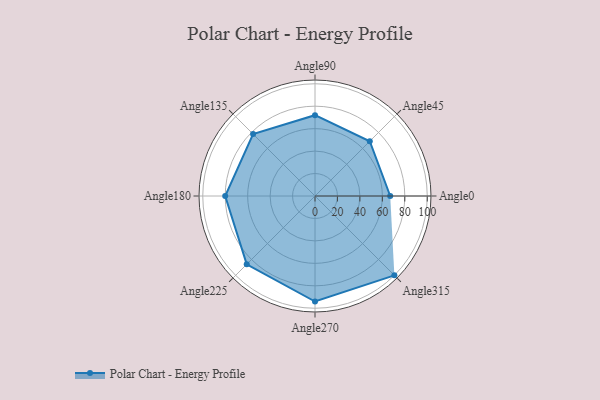
{"axis": {"x": "Angle", "y": "Radius"}, "legend": [""], "data": [{"x": "Angle0", "y": 67.0, "type": ""}, {"x": "Angle45", "y": 69.0, "type": ""}, {"x": "Angle90", "y": 72.0, "type": ""}, {"x": "Angle135", "y": 78.0, "type": ""}, {"x": "Angle180", "y": 80.0, "type": ""}, {"x": "Angle225", "y": 86.0, "type": ""}, {"x": "Angle270", "y": 94.0, "type": ""}, {"x": "Angle315", "y": 100.0, "type": ""}]}